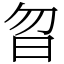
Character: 㫚